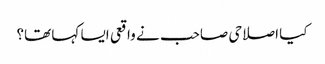
کیا اصلاحی صاحب نے واقعی ایسا کہا تھا؟